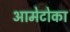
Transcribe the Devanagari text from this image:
आमेटोका